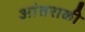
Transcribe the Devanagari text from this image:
आंतराळी